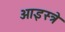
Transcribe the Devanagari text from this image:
ओइस्त्रे